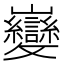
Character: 𫶦